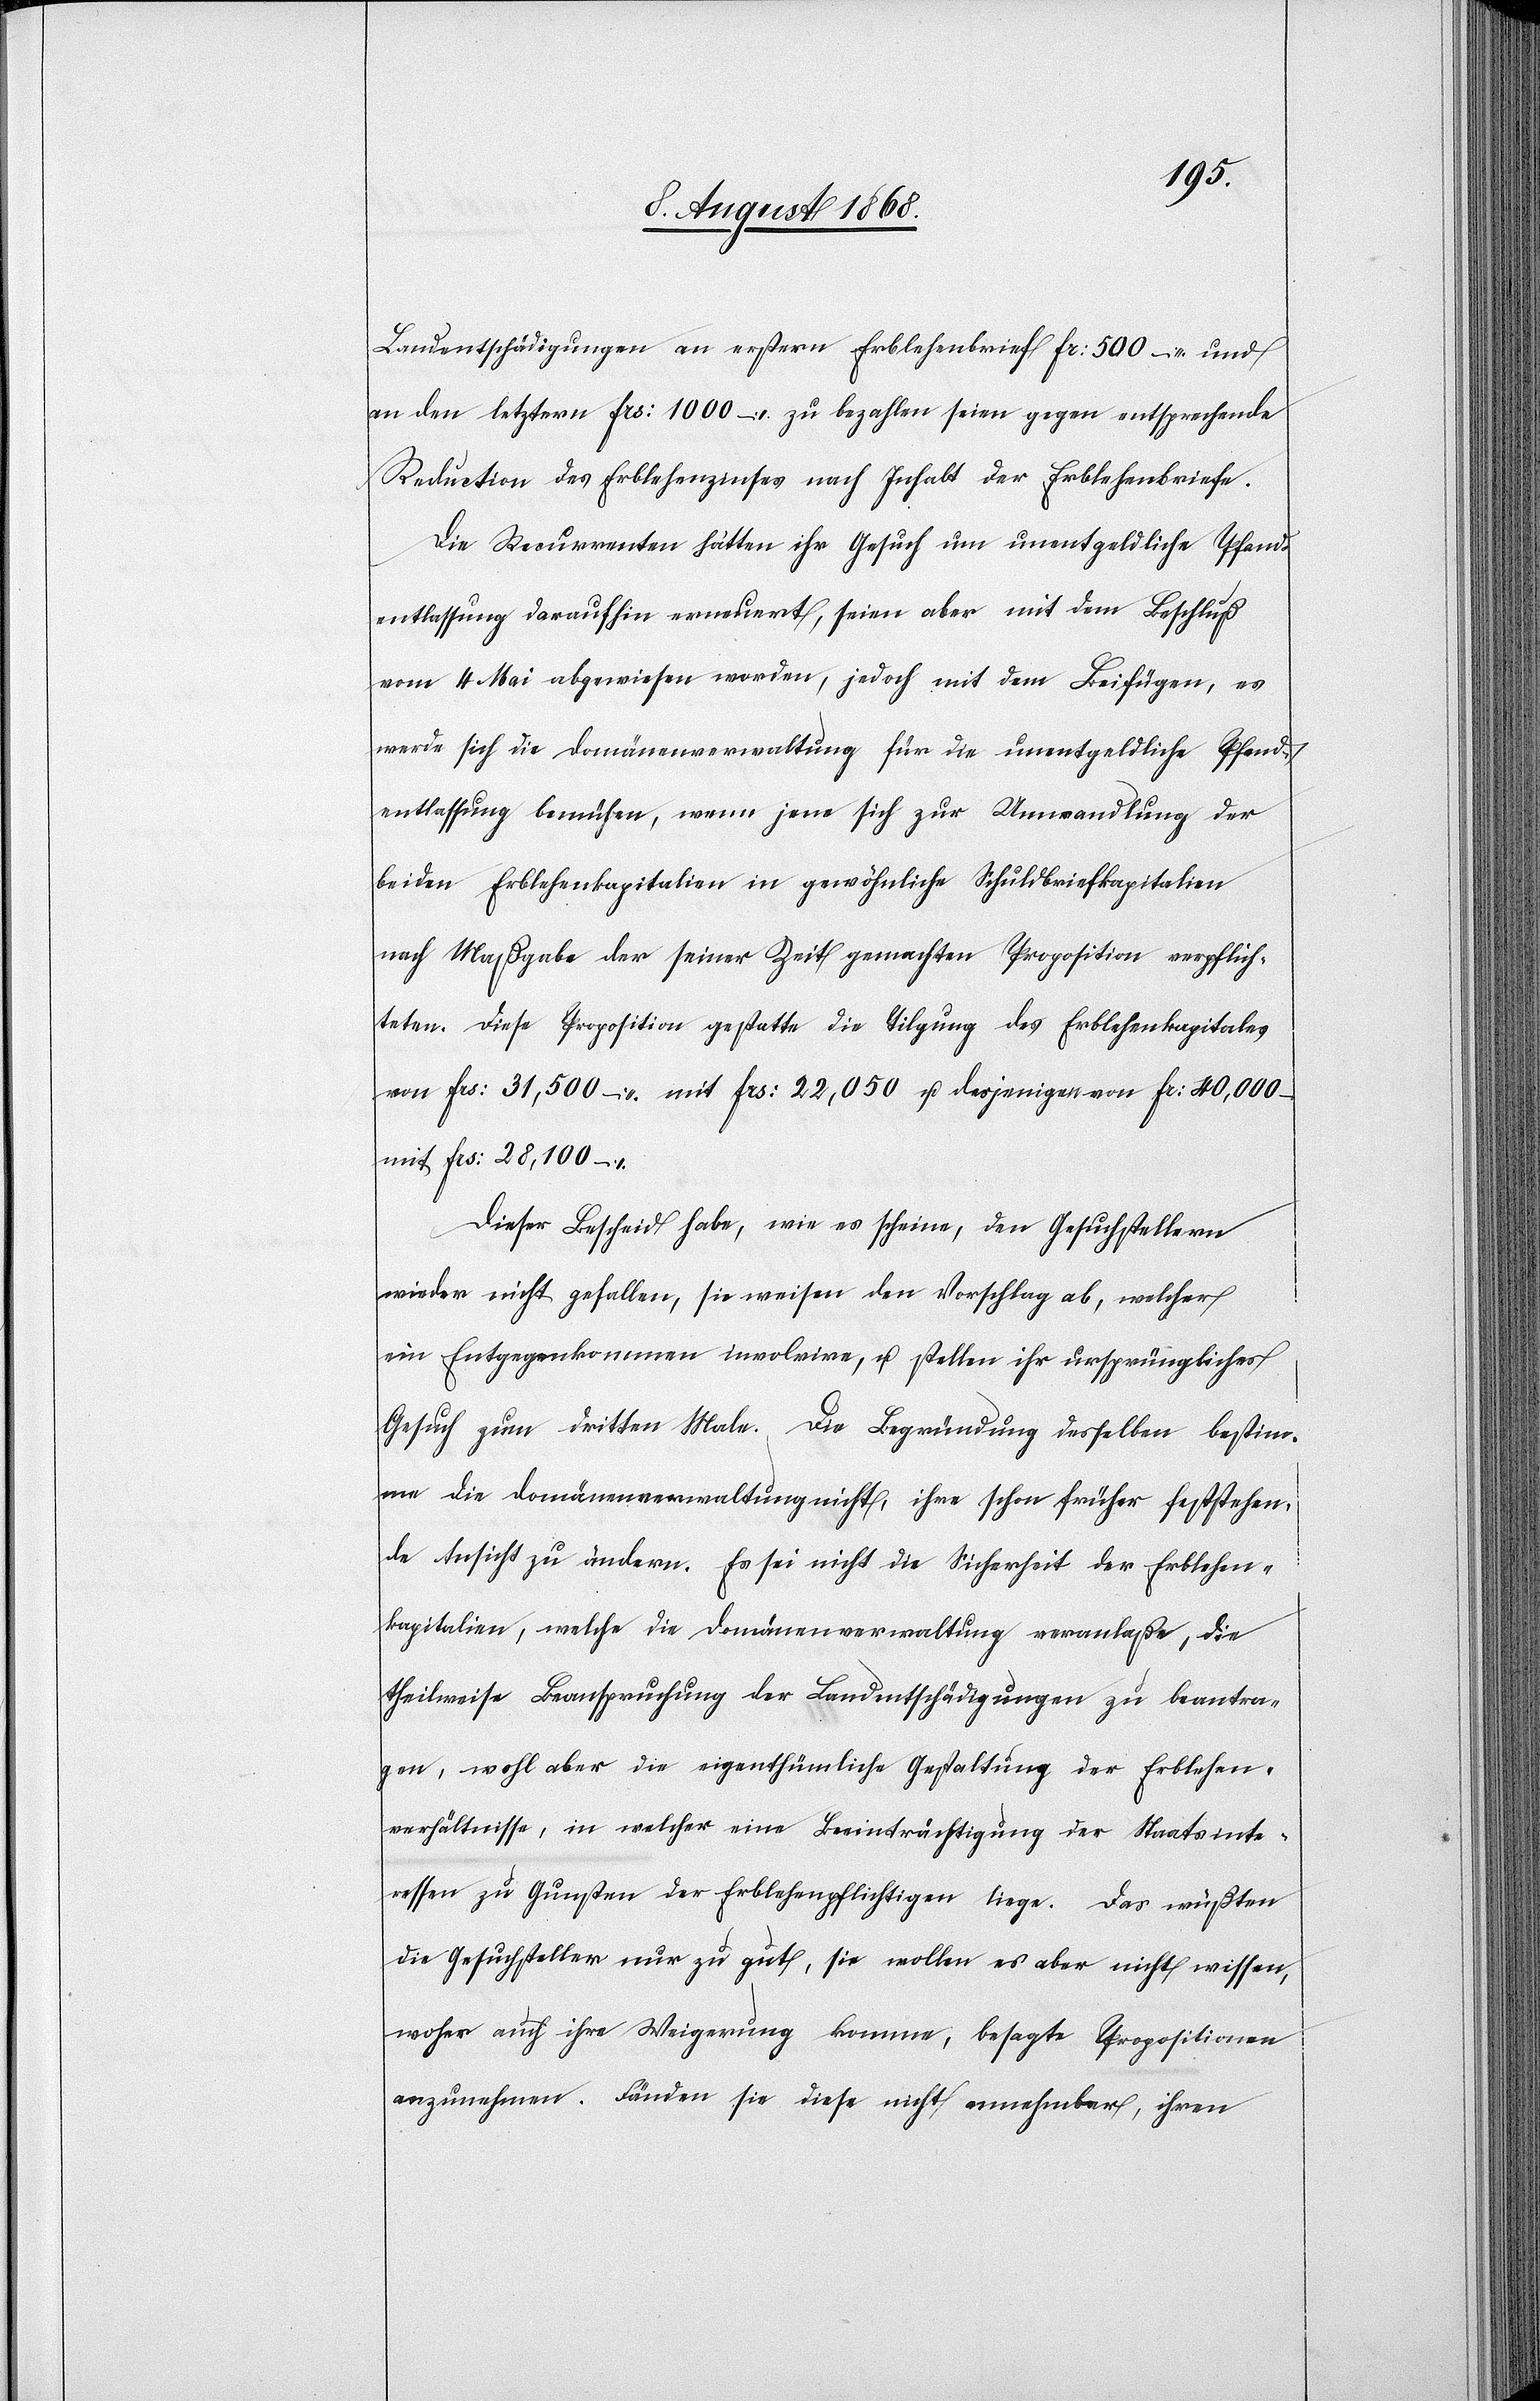
Landentschädigungen an erstern Erblehenbrief Fr: 500 – und
an den letztern Frs: 1000 – zu bezahlen seien gegen entsprechende
Reduction des Erblehenzinses nach Inhalt der Erblehenbriefe.
Die Recurrenten hätten ihr Gesuch um unentgeldliche Pfand¬
entlassung daraufhin erneuert, seien aber mit dem Beschluß
vom 4. Mai abgewiesen worden, jedoch mit dem Beifügen, es
werde sich die Domänenverwaltung für die unentgeldliche Pfand¬
entlassung bemühen, wenn jene sich zur Umwandlung der
beiden Erblehenkapitalien in gewöhnliche Schuldbriefkapitalien
nach Maßgabe der seiner Zeit gemachten Proposition verpflich¬
teten. Diese Proposition gestatte die Tilgung des Erblehenkapitales
von Frs: 31,500 – mit Frs: 22,050 u. desjenigen von Fr: 40,000 –
mit Frs: 28,100 –
Dieser Bescheid habe, wie es scheine, den Gesuchstellern
wieder nicht gefallen, sie weisen den Vorschlag ab, welcher
ein Entgegenkommen involvire, u. stellen ihr ursprüngliches
Gesuch zum dritten Male. Die Begründung desselben bestimm¬
e die Domänenverwaltung nicht, ihre schon früher feststehen¬
de Ansicht zu ändern. Es sei nicht die Sicherheit der Erblehen¬
kapitalien, welche die Domänenverwaltung veranlaße, die
theilweise Beanspruchung der Landentschädigungen zu beantra¬
gen, wohl aber die eigenthümliche Gestaltung der Erblehen¬
verhältnisse, in welcher eine Beeinträchtigung der Staatsinte¬
ressen zu Gunsten der Erblehenpflichtigen liege. Das wüßten
die Gesuchsteller nur zu gut, sie wollen es aber nicht wissen,
woher auch ihre Weigerung komme, besagte Propositionen
anzunehmen. Fänden sie diese nicht annehmbar, ihren